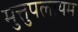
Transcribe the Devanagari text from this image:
मुत्तुपलायम